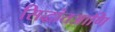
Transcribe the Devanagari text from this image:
सिद्धांतआणि